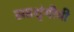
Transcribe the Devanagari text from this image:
सप्तशृंगीची